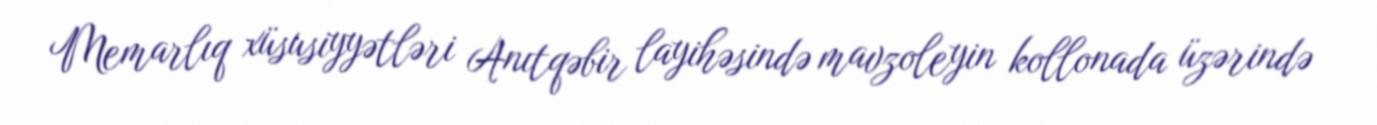
Memarlıq xüsusiyyətləri Anıtqəbir layihəsində mavzoleyin kollonada üzərində